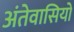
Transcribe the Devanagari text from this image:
अंतेवासियों